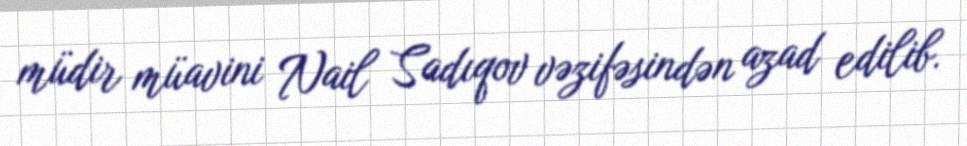
müdir müavini Nail Sadıqov vəzifəsindən azad edilib.